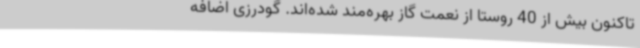
تاکنون بیش از 40 روستا از نعمت گاز بهره‌مند شده‌اند. گودرزی اضافه